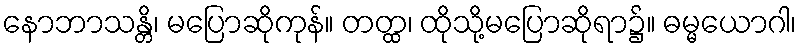
နောဘာသန္တိ၊ မပြောဆိုကုန်။ တတ္ထ၊ ထိုသို့မပြောဆိုရာ၌။ ဓမ္မယောဂါ၊